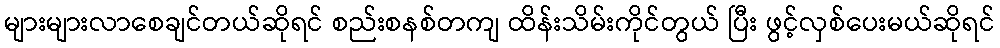
များများလာစေချင်တယ်ဆိုရင် စည်းစနစ်တကျ ထိန်းသိမ်းကိုင်တွယ် ပြီး ဖွင့်လှစ်ပေးမယ်ဆိုရင်